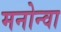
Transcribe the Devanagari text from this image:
मनोन्वा